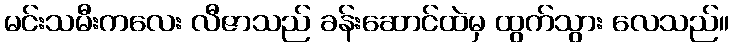
မင်းသမီးကလေး လီဇာသည် ခန်းဆောင်ထဲမှ ထွက်သွား လေသည်။